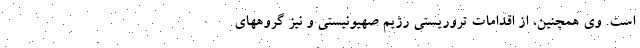
است. وی همچنین، از اقدامات تروریستی رژیم صهیونیستی و نیز گروههای